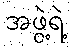
အဖွဲ့ရဲ့